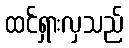
ထင်ရှားလှသည်